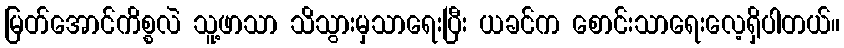
မြတ်အောင်ကိစ္စလဲ သူ့ဖာသာ သိသွားမှသာရေးပြီး ယခင်က စောင်းသာရေးလေ့ရှိပါတယ်။